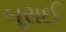
બૂરાઈ